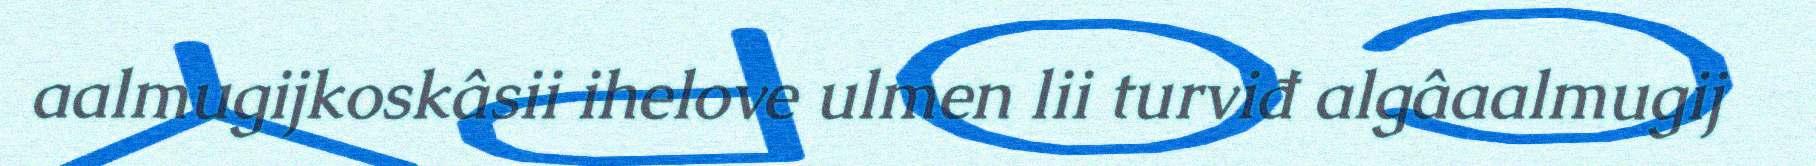
aalmugijkoskâsii ihelove ulmen lii turviđ algâaalmugij